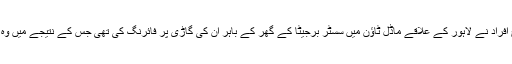
پیر کو نامعلوم مسلح افراد نے لاہور کے علاقے ماڈل ٹاؤن میں سسٹر برجیٹا کے گھر کے باہر ان کی گاڑی پر فائرنگ کی تھی جس کے نتیجے میں وہ شدید زخمی ہوگئیں۔